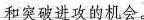
和突破进攻的机会。